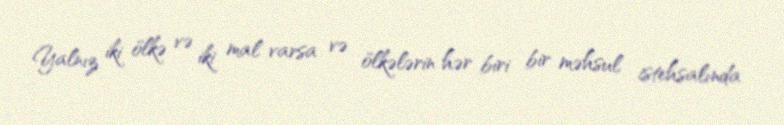
Yalnız iki ölkə və iki mal varsa və ölkələrin hər biri bir məhsul istehsalında